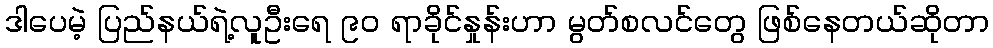
ဒါပေမဲ့ ပြည်နယ်ရဲ့လူဦးရေ ၉၀ ရာခိုင်နှုန်းဟာ မွတ်စလင်တွေ ဖြစ်နေတယ်ဆိုတာ